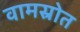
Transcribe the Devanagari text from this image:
वामस्रोत